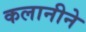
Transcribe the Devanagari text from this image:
कलानीने